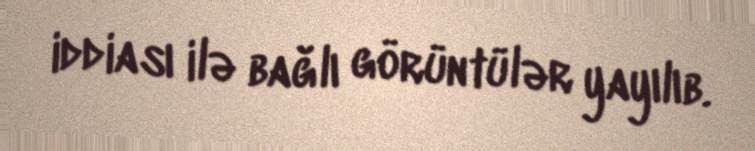
iddiası ilə bağlı görüntülər yayılıb.